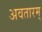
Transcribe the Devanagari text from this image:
अवतारम्